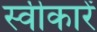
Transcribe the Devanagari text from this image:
स्वीकारें